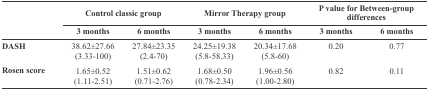
<table><thead><tr><td rowspan="2"></td><td colspan="2"><b>Control classic group </b></td><td colspan="2"><b>Mirror Therapy group </b></td><td colspan="2"><b>P value for Between-group differences </b></td></tr><tr><td><b>3 months</b></td><td><b>6 months</b></td><td><b>3 months</b></td><td><b>6 months</b></td><td><b>3 months</b></td><td><b>6 months</b></td></tr></thead><tbody><tr><td>DASH</td><td>38.62±27.66(3.33-100)</td><td>27.84±23.35(2.4-70)</td><td>24.25±19.38(5.8-58.33)</td><td>20.34±17.68(5.8-60)</td><td>0.20</td><td>0.77</td></tr><tr><td>Rosen score</td><td>1.65±0.52(1.11-2.51)</td><td>1.51±0.62(0.71-2.76)</td><td>1.68±0.50(0.78-2.34)</td><td>1.96±0.56(1.00-2.80)</td><td>0.82</td><td>0.11</td></tr></tbody></table>